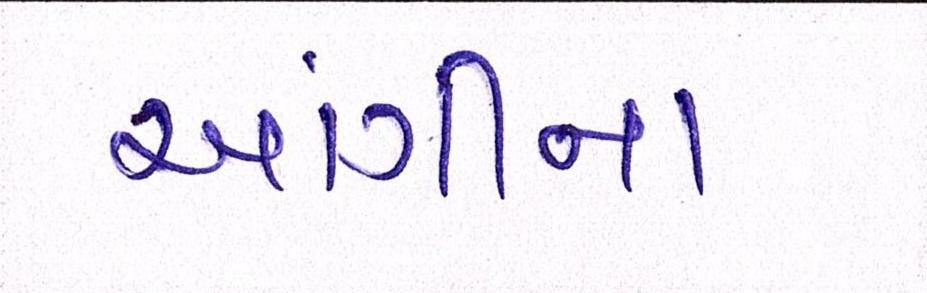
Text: આંગીના